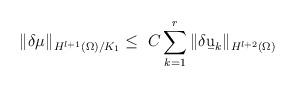
LaTeX: \begin{align*} \| \delta \mu \|_{H^{l+1}(\Omega)/K_1} \leq \;C \sum_{k=1}^r \| \delta\b u_k \|_{H^{l+2}(\Omega)} \end{align*}